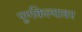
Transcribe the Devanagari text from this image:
पूर्णकेल्यावर